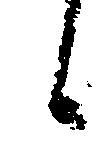
候